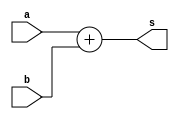
`timescale 1ns / 1ps
//////////////////////////////////////////////////////////////////////////////////
// Company: 
// Engineer: 
// 
// Design Name: 
// Module Name:    adder36 
// Project Name: 
// Target Devices: 
// Tool versions: 
// Description: 
//
// Dependencies: 
//
// Revision: 
// Revision 0.01 - File Created
// Additional Comments: 
//
//////////////////////////////////////////////////////////////////////////////////
module adder36(
    input [35:0] a,
    input [35:0] b,
    output [35:0] s
    );

assign s=a+b;

endmodule